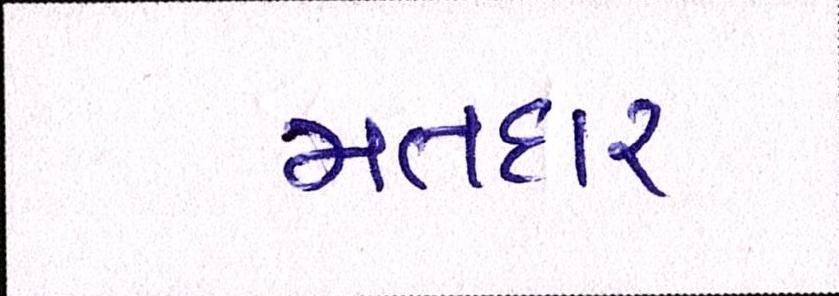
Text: મતદાર